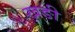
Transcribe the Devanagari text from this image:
खङी